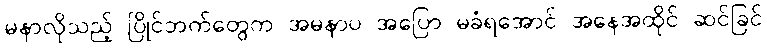
မနာလိုသည့် ပြိုင်ဘက်တွေက အမနာပ အပြော မခံရအောင် အနေအထိုင် ဆင်ခြင်